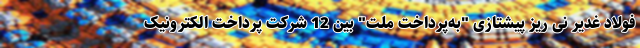
فولاد غدیر نی ریز پیشتازی "به‌پرداخت ملت" بین 12 شرکت پرداخت الکترونیک